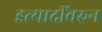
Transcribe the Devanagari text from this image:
इत्यादींवरुन